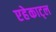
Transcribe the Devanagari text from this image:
एहेकाट्ल